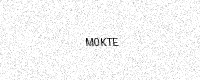
Text: M0KTE